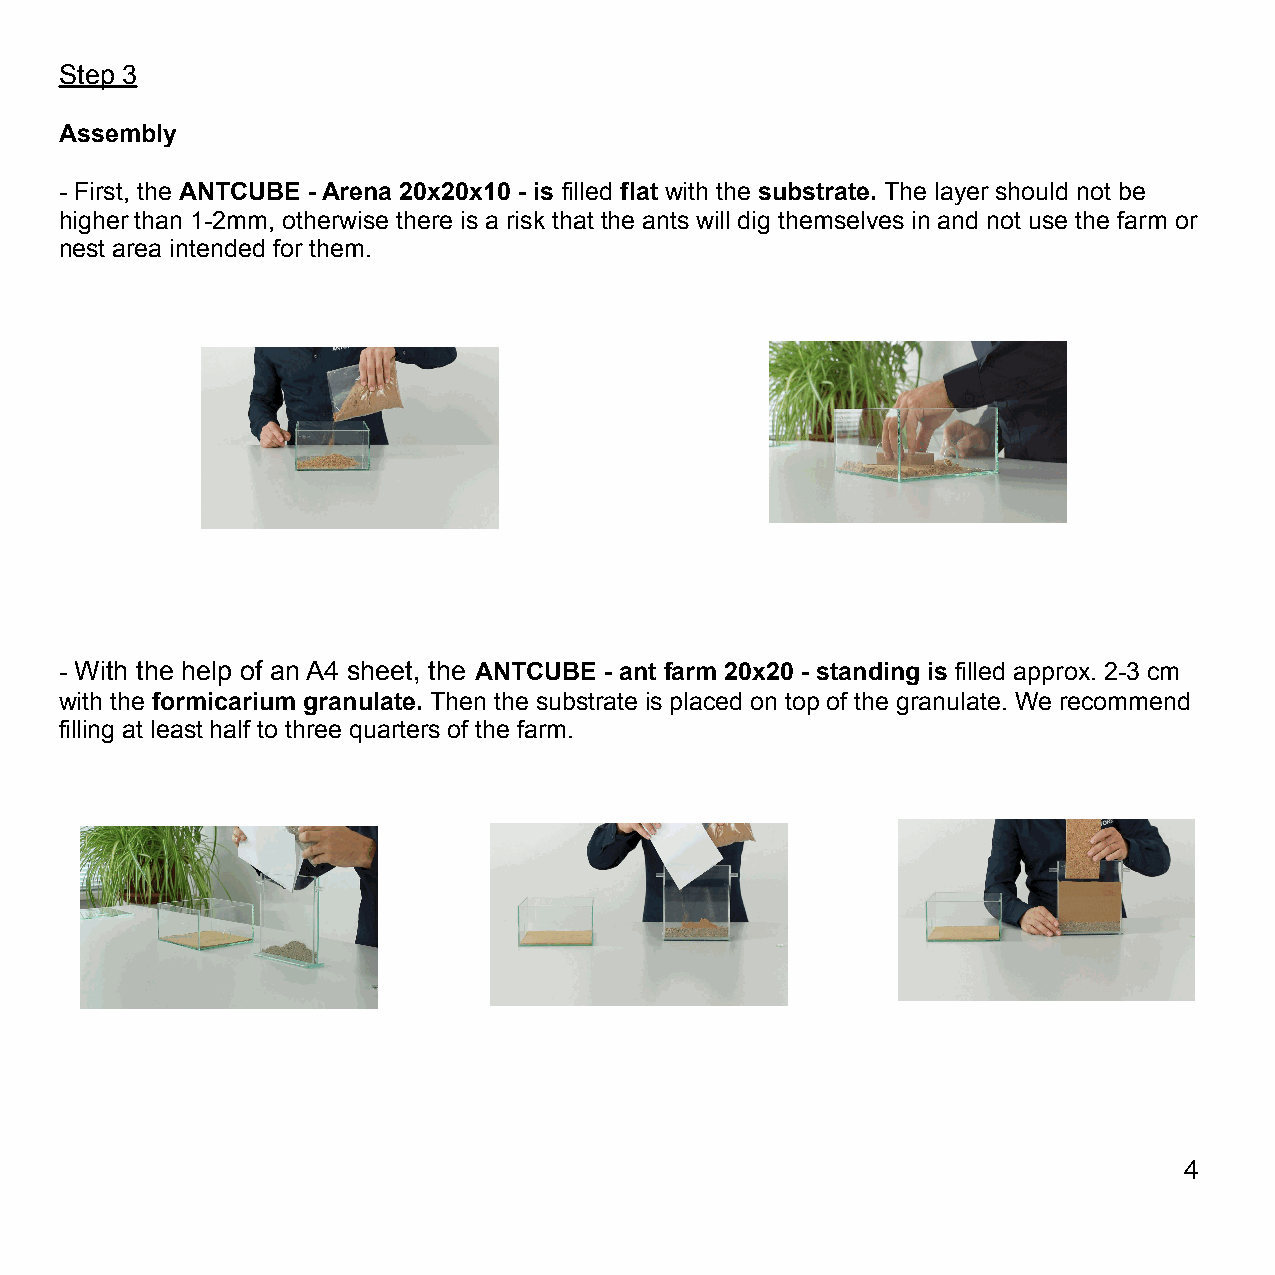
Step 3
 Assembly
 - First, the ANTCUBE - Arena 20x20x10 - is filled flat with the substrate. The layer should not be
 higher than 1-2mm, otherwise there is a risk that the ants will dig themselves in and not use the farm or
 nest area intended for them.
 - With the help of an A4 sheet, the ANTCUBE - ant farm 20x20 - standing is filled approx. 2-3 cm
 with the formicarium granulate. Then the substrate is placed on top of the granulate. We recommend
 filling at least half to three quarters of the farm.
 4